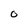
Character: O